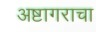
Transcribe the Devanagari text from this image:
अष्टागराचा